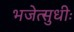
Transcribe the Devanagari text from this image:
भजेत्सुधीः